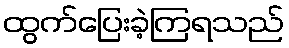
ထွက်ပြေးခဲ့ကြရသည်